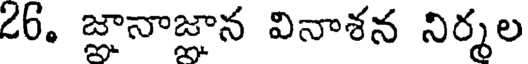
26. జ్ఞానాజ్ఞాన వినాశన నిర్శల